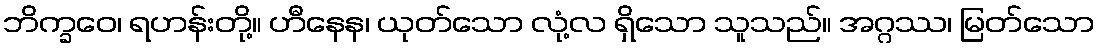
ဘိက္ခဝေ၊ ရဟန်းတို့။ ဟီနေန၊ ယုတ်သော လုံ့လ ရှိသော သူသည်။ အဂ္ဂဿ၊ မြတ်သော